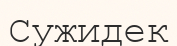
Сужидек